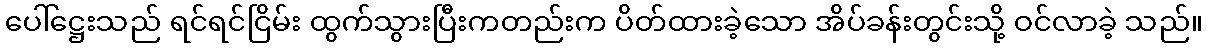
ပေါ်ဋ္ဌေးသည် ရင်ရင်ငြိမ်း ထွက်သွားပြီးကတည်းက ပိတ်ထားခဲ့သော အိပ်ခန်းတွင်းသို့ ဝင်လာခဲ့ သည်။